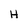
Character: H